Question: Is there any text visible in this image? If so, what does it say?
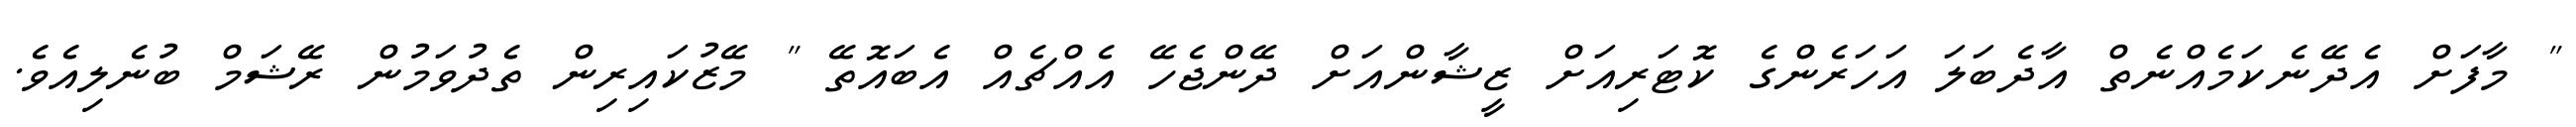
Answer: " މާފަށް އެދޭނެކަމެއްނެތް އާދެބަލަ އަހަރެންގެ ކޮޓަރިއަށް ޒީޝާންއަށް ދޭންޖެހޭ އެއްޗެއް އެބައޮތޭ " މޭޒުކައިރިން ތެދުވަމުން ރޭޝަމް ބުނެލިއެވެ.